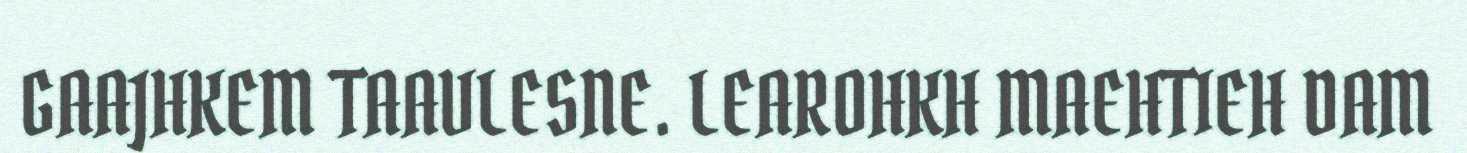
GAAJHKEM TAAVLESNE. LEAROHKH MAEHTIEH DAM